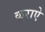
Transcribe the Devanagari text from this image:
कराऐ